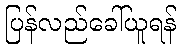
ပြန်လည်ခေါ်ယူရန်